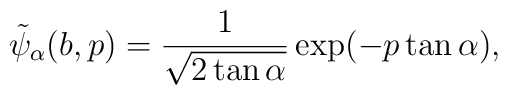
\tilde{\psi}_\alpha(b,p) = \frac{1}{\sqrt{2\tan\alpha}}\exp(-p\tan\alpha),